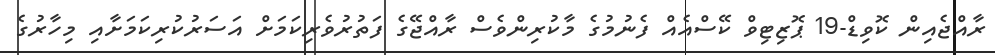
ރާއްޖެއިން ކޮވިޑް-19 ޕޮޒިޓިވް ކޭސްއެއް ފެނުމުގެ މާކުރިންވެސް ރާއްޖޭގެ ފަތުރުވެރިކަމަށް އަސަރުކުރިކަމަށާއި މިހާރުގެ